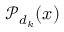
\mathcal { P } _ { d _ { k } } ( x )